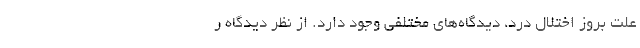
علت بروز اختلال درد، دیدگاه‌های مختلفی وجود دارد. از نظر دیدگاه ر